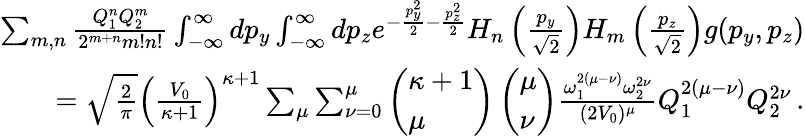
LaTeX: \begin{array}{r}{\sum_{m,n}\frac{Q_{1}^{n}Q_{2}^{m}}{2^{m+n}m!n!}\int_{-\infty}^{\infty}dp_{y}\int_{-\infty}^{\infty}dp_{z}e^{-\frac{p_{y}^{2}}{2}-\frac{p_{z}^{2}}{2}}H_{n}\left(\frac{p_{y}}{\sqrt{2}}\right)H_{m}\left(\frac{p_{z}}{\sqrt{2}}\right)g(p_{y},p_{z})}\\ {=\sqrt{\frac{2}{\pi}}\left(\frac{V_{0}}{\kappa+1}\right)^{\kappa+1}\sum_{\mu}\sum_{\nu=0}^{\mu}\left(\begin{array}{l}{\kappa+1}\\ {\mu}\end{array}\right)\left(\begin{array}{l}{\mu}\\ {\nu}\end{array}\right)\frac{\omega_{1}^{2(\mu-\nu)}\omega_{2}^{2\nu}}{(2V_{0})^{\mu}}Q_{1}^{2(\mu-\nu)}Q_{2}^{2\nu}\, .}\end{array}